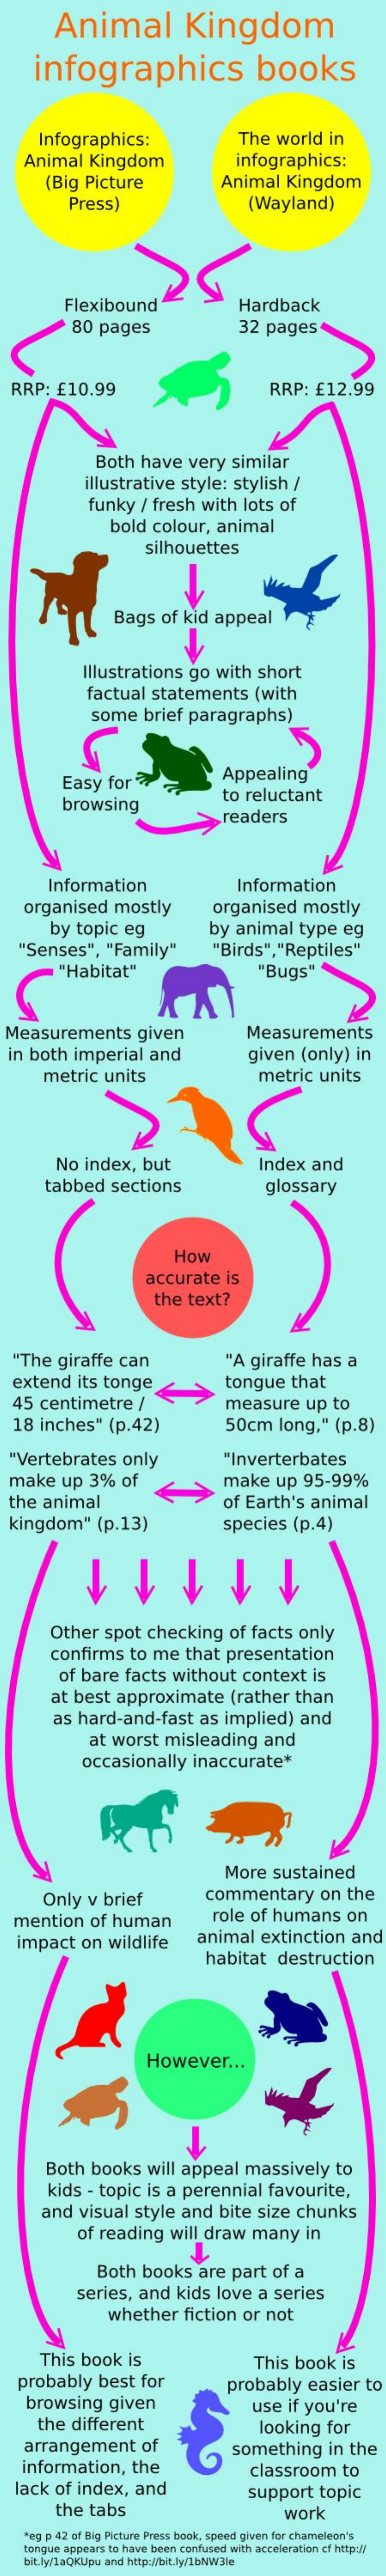
Animal    Kingdom
     infographics    books
     Infographics:    The  world   in
    Animal    Kingdom    infographics:
     (Big  Picture    Animal    Kingdom
     Press)    (Wayland)
     Flexibound    Hardback
     80  pages    32 pages
  RRP:   £10.99    RRP:   £12.99
     Both  have    very   similar
     illustrative   style:  stylish   /
     funky   / fresh   with   lots of
     bold  colour,    animal
     silhouettes
     Bags   of kid  appeal
     Illustrations    go  with   short
     factual   statements    (with
     some    brief  paragraphs)
     Easy   for    Appealing
     browsing
     to reluctant
     readers
     Information    Information
    organised    mostly
     by  topic   eg
     organised    mostly
     by   animal    type   eg
   "Senses",    "Family"    "Birds", "Reptiles"
     "Habitat"    "Bugs"
  Measurements    given    Measurements
  in both   imperial    and    given   (only)   in
     metric    units    metric    units
     No  index,    but    Index   and
     tabbed    sections    glossary
     How
     accurate    is
     the  text?
  "The   giraffe   can    "A  giraffe  has   a
  extend    its tonge
  45  centimetre    /
     tongue    that
  18  inches"    (p.42)
     measure    up  to
     50cm    long,"   (p.8)
  "Vertebrates    only    "Inverterbates
  make    up  3%    of    make    up  95-99%
  the  animal    of Earth's   animal
  kingdom"    (p.13)    species    (p.4)
     Other    spot  checking    of facts  only
     confirms    to me   that   presentation
     of bare   facts  without    context    is
     at best  approximate    (rather   than
     as hard-and-fast    as  implied)    and
     at  worst   misleading    and
     occasionally    inaccurate*
     More   sustained
     Only   v brief    commentary    on  the
  mention    of  human    role  of humans    on
   impact    on  wildlife    animal    extinction    and
     habitat    destruction
     However    ...
     Both   books    will  appeal    massively    to
     kids  - topic  is a  perennial    favourite,
     and   visual  style   and   bite  size  chunks
     of reading    will draw    many    in
     Both  books    are  part  of  a
     series,  and   kids   love  a  series
     whether    fiction   or not
     This   book   is
   probably    best  for
     This  book   is
     browsing    given
     probably    easier   to
     the  different
     use   if you're
    arrangement    of
     looking    for
   information,    the
     something    in  the
  lack   of index,   and
     classroom    to
     the  tabs
     support    topic
     work
    "eg p 42 of Big Picture Press book, speed given for chameleon's
    tongue appears to have been confused with acceleration of http:/
    bk.ly/laOKUpu and http:0bit.ly/1bNW3le